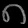
Digit: ၈